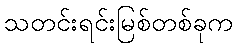
သတင်းရင်းမြစ်တစ်ခုက